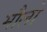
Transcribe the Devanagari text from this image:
मौलो